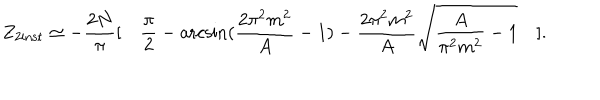
LaTeX: Z _ { 2 \mathrm { i n s t } } \simeq - \frac { 2 N } { \pi } [ \quad \frac { \pi } { 2 } - \operatorname { a r c s i n } ( \frac { 2 \pi ^ { 2 } m ^ { 2 } } { A } - 1 ) - \frac { 2 \pi ^ { 2 } m ^ { 2 } } { A } \sqrt { \frac { A } { \pi ^ { 2 } m ^ { 2 } } - 1 } \quad ] .